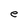
Character: e